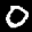
Label: 0